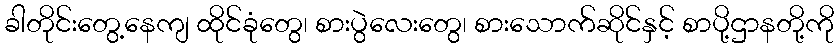
ခါတိုင်းတွေ့နေကျ ထိုင်ခုံတွေ၊ စားပွဲလေးတွေ၊ စားသောက်ဆိုင်နှင့် စာပို့ဌာနတို့ကို